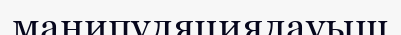
манипуляциялауыш